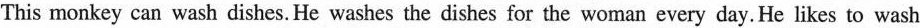
This monkey can wash dishes. He washes the dishes for the woman every day.He likes to wash